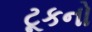
ટૂકનો